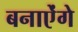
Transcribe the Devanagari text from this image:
बनाऐंगे